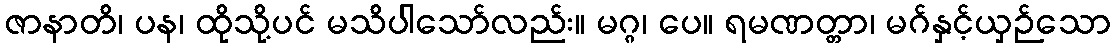
ဇာနာတိ၊ ပန၊ ထိုသို့ပင် မသိပါသော်လည်း။ မဂ္ဂ၊ ပေ။ ရမဏတ္တာ၊ မဂ်နှင့်ယှဉ်သော